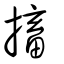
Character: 搐